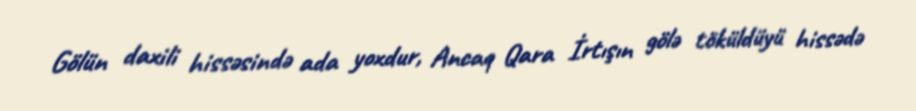
Gölün daxili hissəsində ada yoxdur, Ancaq Qara İrtışın gölə töküldüyü hissədə